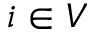
i \in V